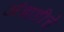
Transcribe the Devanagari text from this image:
अंबाडीचे